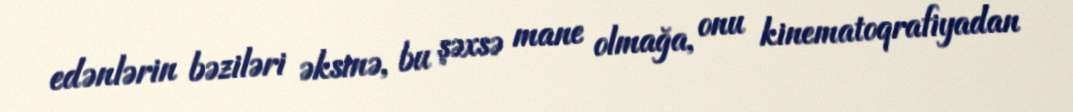
edənlərin bəziləri əksinə, bu şəxsə mane olmağa, onu kinematoqrafiyadan